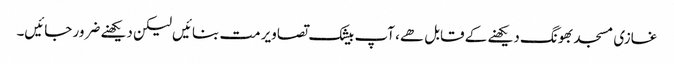
غازی مسجد بھونگ دیکھنے کے قابل ھے، آپ بیشک تصاویر مت بنائیں لیکن دیکھنے ضرور جائیں۔